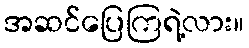
အဆင်ပြေကြရဲ့လား။